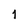
Character: 1